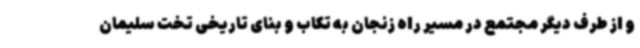
و از طرف دیگر مجتمع در مسیر راه زنجان به تکاب و بنای تاریخی تخت سلیمان